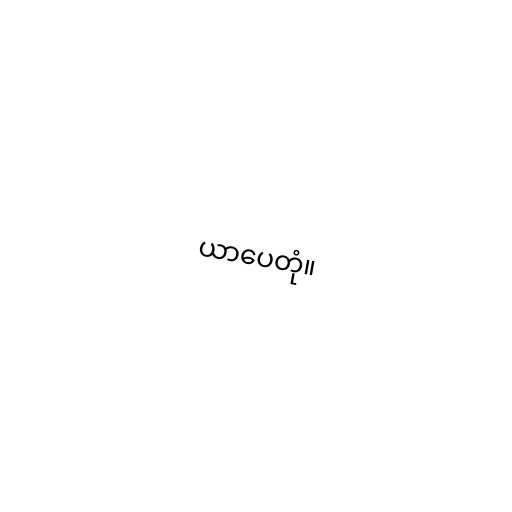
ယာပေတုံ။